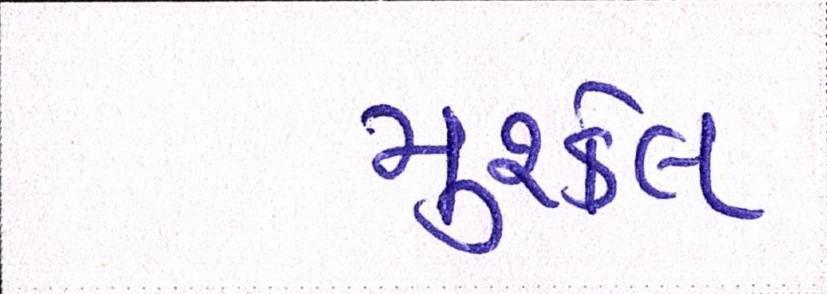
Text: મુશ્કેલ